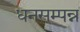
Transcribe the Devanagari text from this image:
धनसम्पन्न